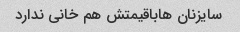
سایزنان هاباقیمتش هم خانی ندارد